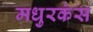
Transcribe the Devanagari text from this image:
मधुरकंस